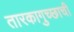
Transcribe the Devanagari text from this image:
तारकागुच्छाची